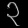
Digit: ၃